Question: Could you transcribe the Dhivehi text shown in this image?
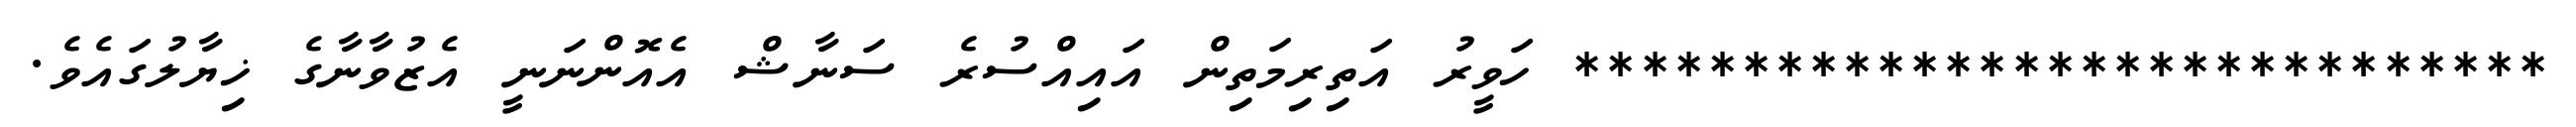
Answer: ***************************** ހަވީރު އަތިރިމަތިން އައިއްސުރެ ސަނާޝް އެއޮންނަނީ އެޒުވާނާގެ ޚިޔާލުގައެވެ.